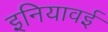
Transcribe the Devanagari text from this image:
इनियावई